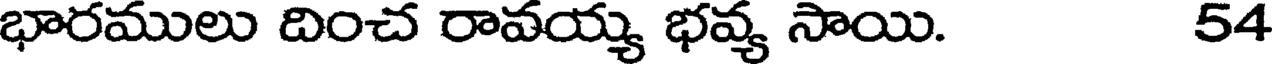
భారములు దించ రావయ్య భవ్య సాయి. 54